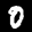
Label: 0